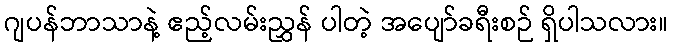
ဂျပန်ဘာသာနဲ့ ဧည့်လမ်းညွှန် ပါတဲ့ အပျော်ခရီးစဉ် ရှိပါသလား။